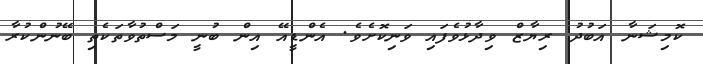
ކޮމިޝަނާ އަބުދު ރިޔާޒް ވިދާޅުވެފައި ވަނިކޮށެވެ. އެންޑީއޭ އިން ބުނީ މަސްތުވާތަކެތި ބޭނުންކުރާ